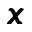
\pmb { x }